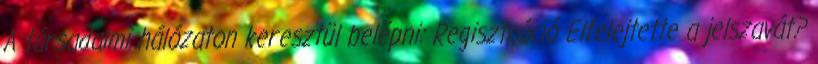
A társadalmi hálózaton keresztül belépni: Regisztráció Elfelejtette a jelszavát?